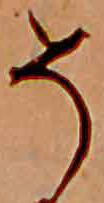
そ